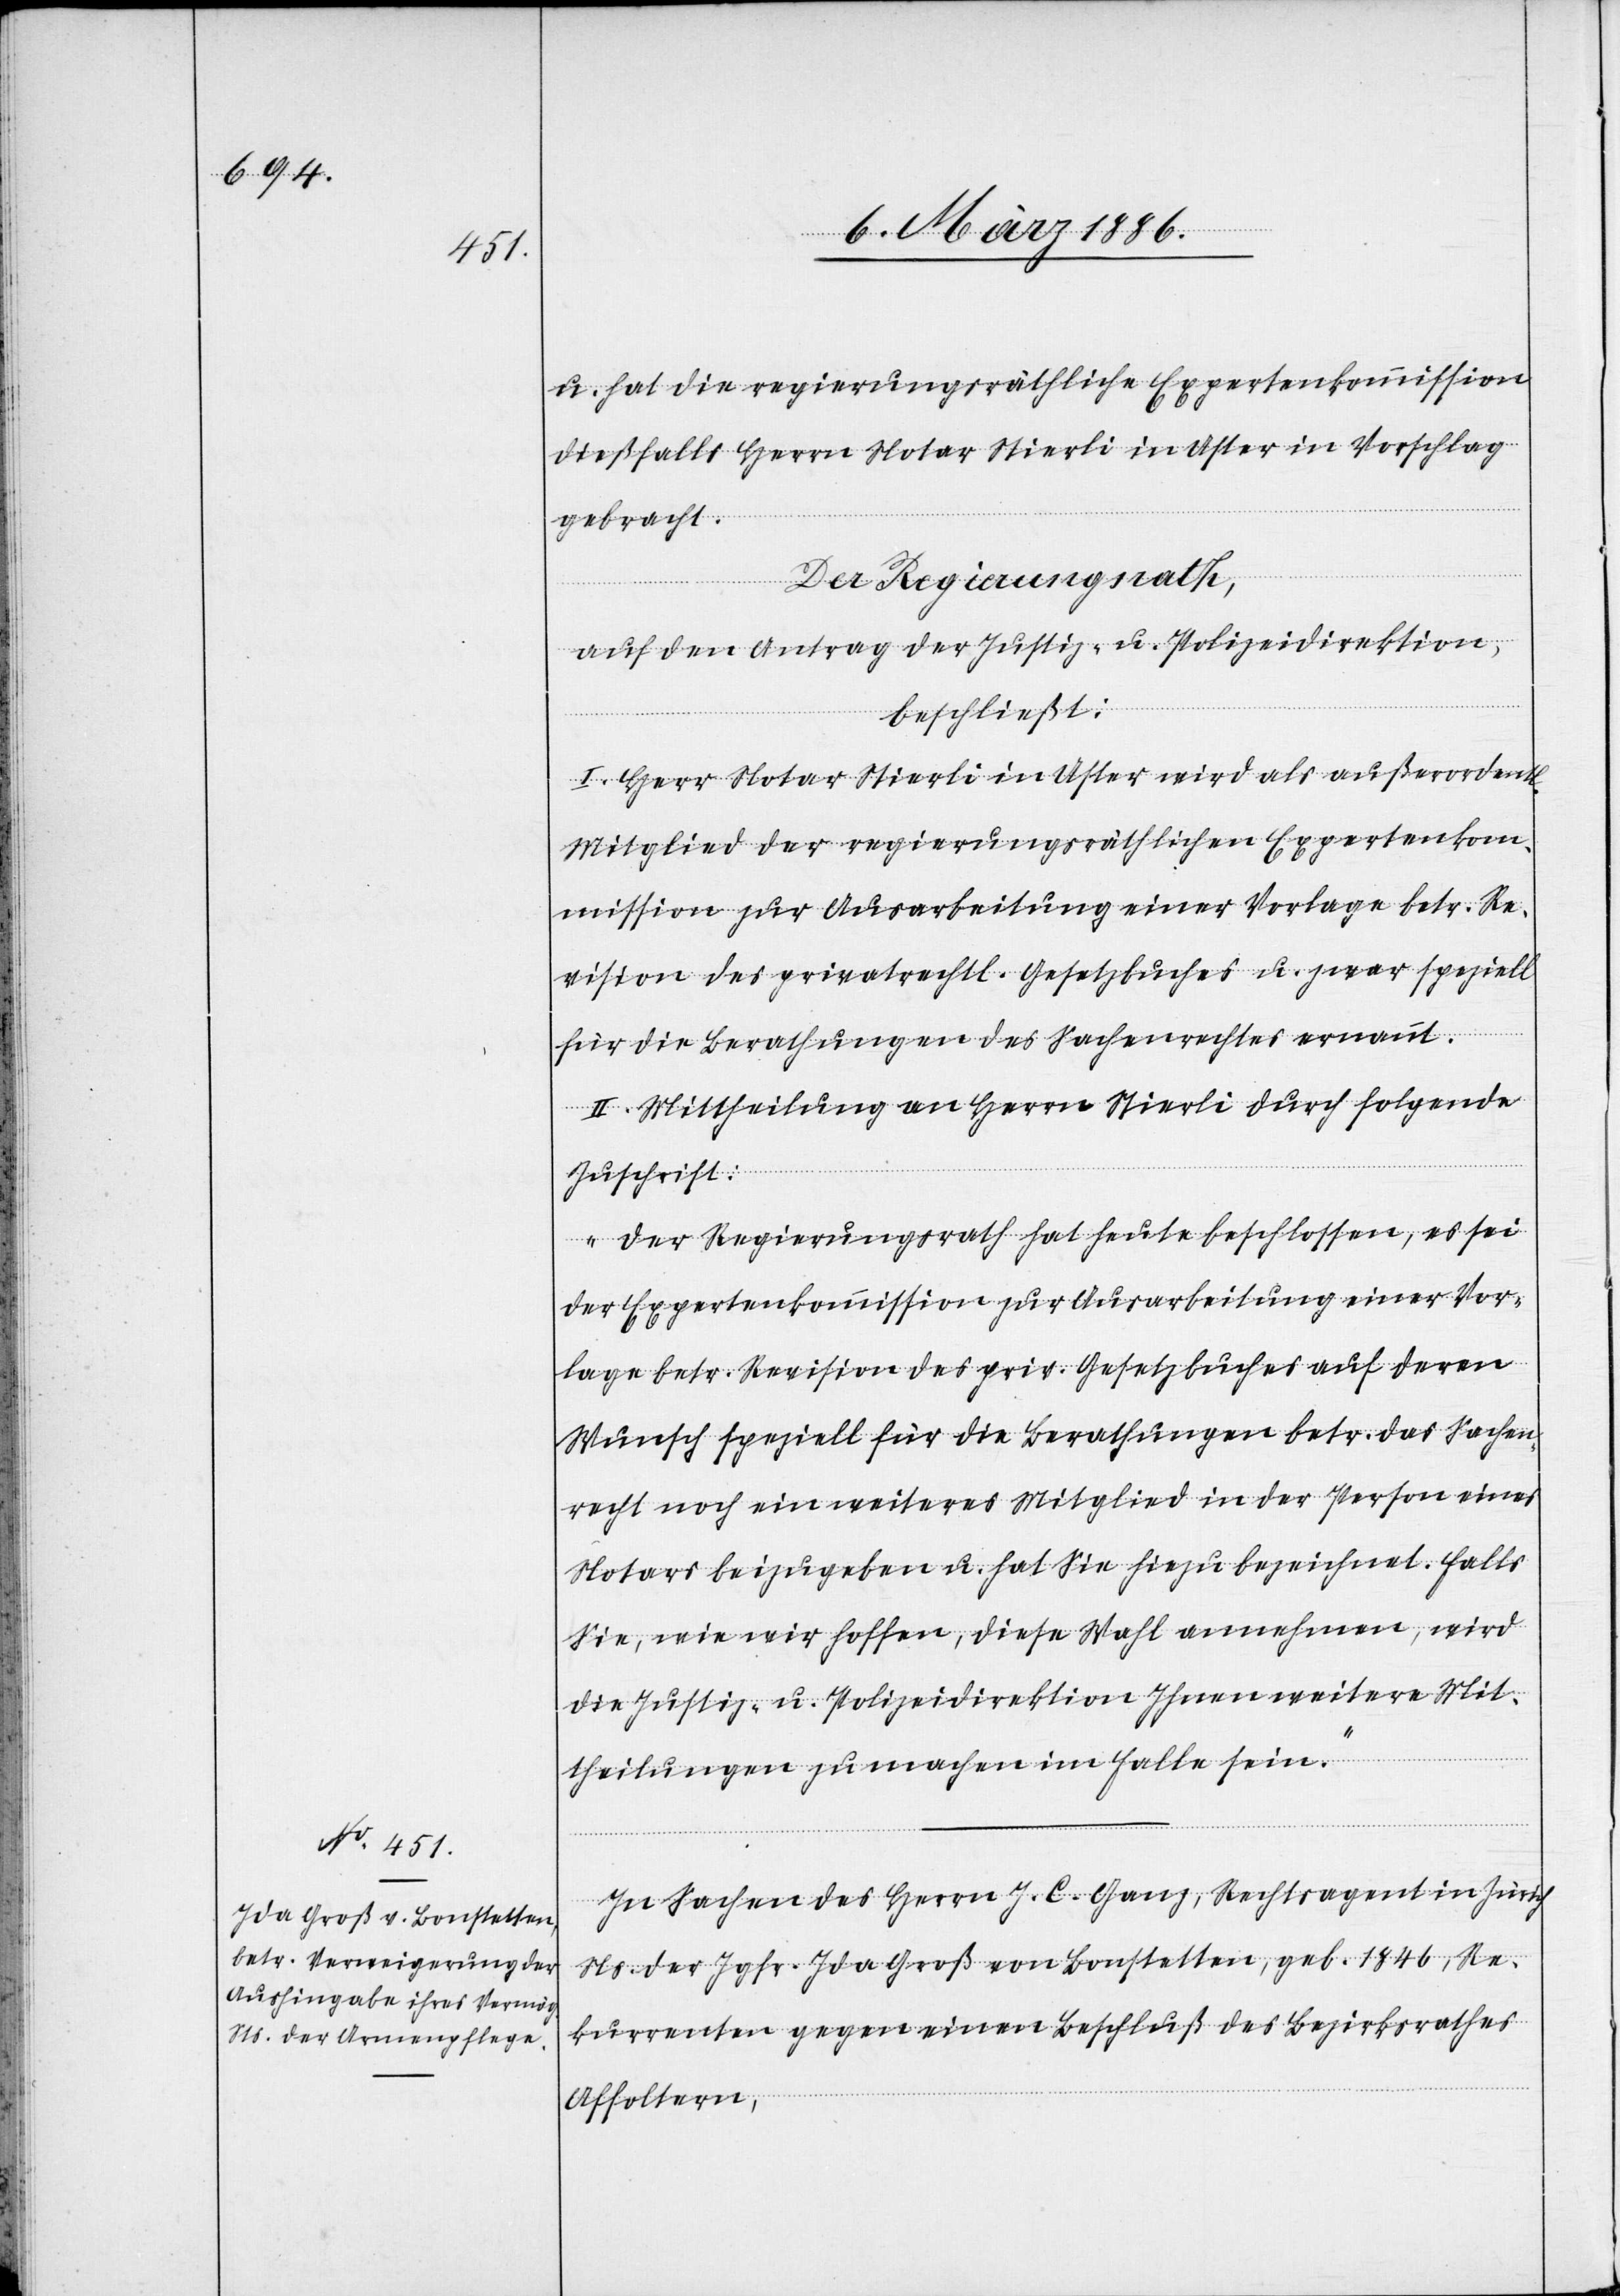
u. hat die regierungsräthliche Expertenkommission
dießfalls Herrn Notar Stierli in Uster in Vorschlag
gebracht.
Der Regierungsrath,
auf den Antrag der Justiz- u. Polizeidirektion,
beschließt:
I. Herr Notar Stierli in Uster wird als außerordentl.
Mitglied der regierungsräthlichen Expertenkom¬
mission zur Ausarbeitung einer Vorlage betr. Re¬
vision des privatrechtl. Gesetzbuches u. zwar speziell
für die Berathungen des Sachenrechtes ernannt.
II. Mittheilung an Herrn Stierli durch folgende
Zuschrift:
„Der Regierungsrath hat heute beschlossen, es sei
der Expertenkommission zur Ausarbeitung einer Vor¬
lage betr. Revision des priv. Gesetzbuches auf deren
Wunsch speziell für die Berathung betr. das Sachen¬
recht noch ein weiteres Mitglied in der Person eines
Notars beizugeben u. hat Sie hiezu bezeichnet. Falls
Sie, wie wir hoffen, diese Wahl annehmen, wird
die Justiz- u. Polizeidirektion Ihnen weitere Mit¬
theilungen zu machen im Falle sein.“
In Sachen des Herrn J. C. Ganz, Rechtsagent in Zürich,
Ns. der Jgfr. Ida Groß von Bonstetten, geb. 1846, Re¬
kurrenten gegen einen Beschluß des Bezirksrathes
Affoltern,